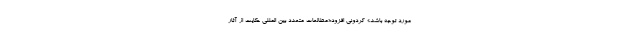
مورد توجه باشد.» کردونی افزود:«مطالعات متعدد بین المللی حکایت از آثار